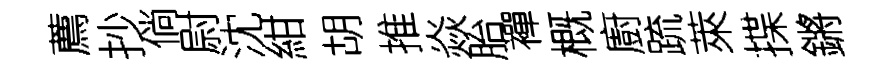
薦抄倘尉沈紺胡推焱胎襌概廚䟽萊揲鏘